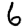
Digit: 6